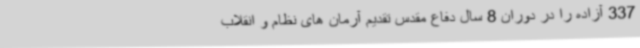
337 آزاده را در دوران 8 سال دفاع مقدس تقدیم آرمان های نظام و انقلاب